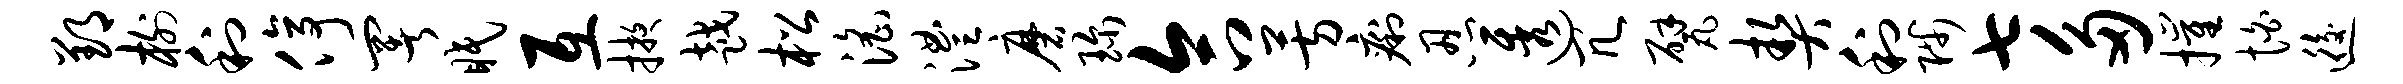
郢榭利停署眠互掖越松淫澧磨珍合芳痢忍透冗甓契利陟七多摧怕逅